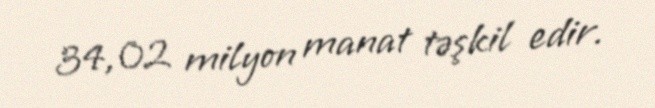
34,02 milyon manat təşkil edir.